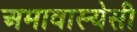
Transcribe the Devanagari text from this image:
अमावास्येसी